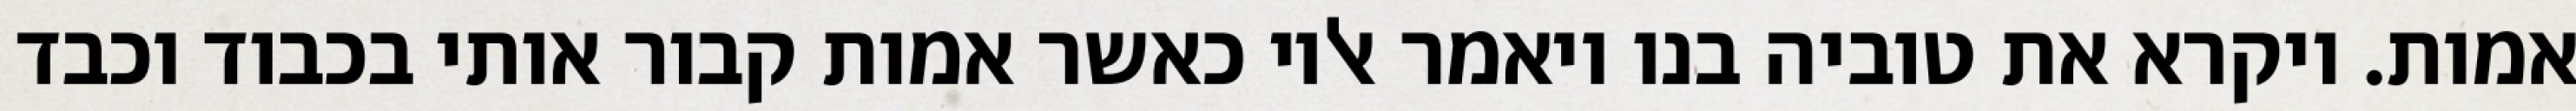
אמות. ויקרא את טוביה בנו ויאמר אליו כאשר אמות קבור אותי בכבוד וכבד